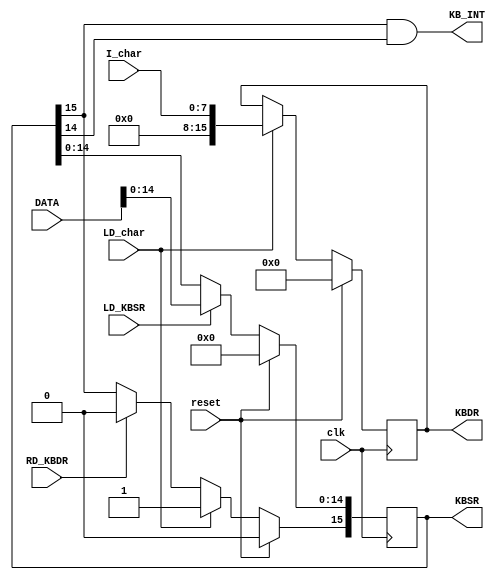
module LC3_keyboard_reg(
		input						clk,
		input						reset,
		
		input						LD_KBSR,
		input						RD_KBDR,
		input			[15:0]	DATA,
		
		input			[7:0]		I_char,
		input						LD_char,
		
		output	reg[15:0]	KBDR,
		output	reg[15:0]	KBSR,
		output					KB_INT
    );
		
		always@(posedge	clk)	if (reset)	begin
			KBSR<=16'b0;
			KBDR<=16'b0;
		end
		else begin
			if(LD_char)	begin
				KBDR<={8'b0,I_char};
				KBSR[15]<=1'b1;
			end else	if(RD_KBDR)
				KBSR[15]<=1'b0;
			
			if(LD_KBSR)
				KBSR[14:0]<=DATA[14:0];
			
		end
		

		assign	KB_INT=KBSR[15]&KBSR[14];

endmodule